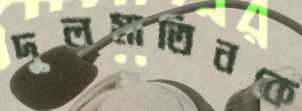
দুলমাতিনকে